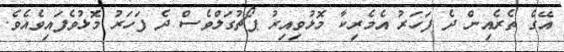
އޭގެ ތެރެއިން ދެ ފަހަރު އެމެރިކާ މޮޅުވިއިރު ޕޯޗުގަލްވެސް ދެ ފަހަރު މޮޅުވެފައިވެއެވެ.